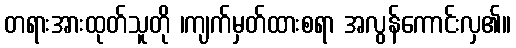
တရားအားထုတ်သူတို ၊ကျက်မှတ်ထားစရာ အလွန်ကောင်းလှ၏။